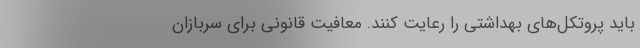
باید پروتکل‌های بهداشتی را رعایت کنند. معافیت قانونی برای سربازان